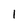
Character: 1